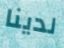
لدينا